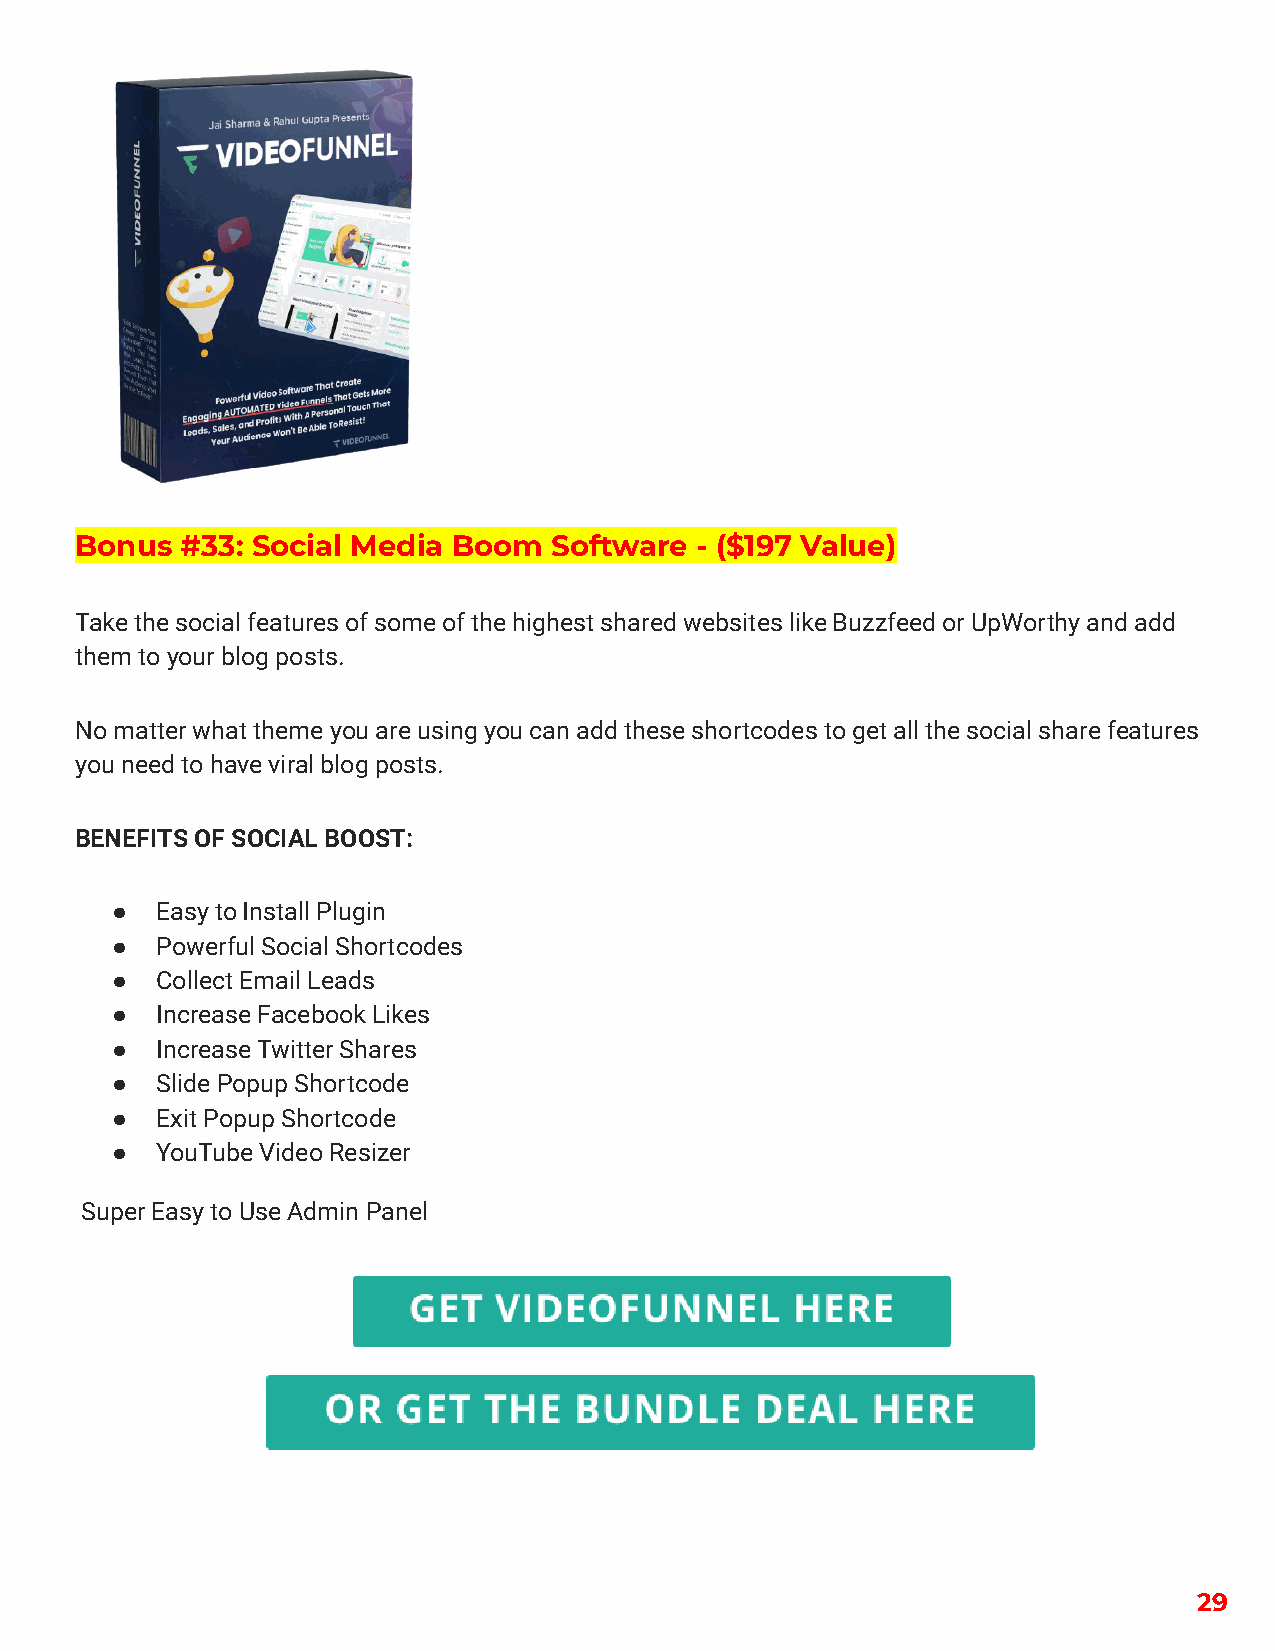
Bonus  #33: Social Media Boom  Software  - ($197 Value)
 Take the social features of some of the highest shared websites like Buzzfeed or UpWorthy and add
 them to your blog posts.
 No matter what theme you are using you can add these shortcodes to get all the social share features
 you need to have viral blog posts.
 BENEFITS OF SOCIAL BOOST:
 ●  Easy to Install Plugin
 ●  Powerful Social Shortcodes
 ●  Collect Email Leads
 ●  Increase Facebook Likes
 ●  Increase Twitter Shares
 ●  Slide Popup Shortcode
 ●  Exit Popup Shortcode
 ●  YouTube Video Resizer
 Super Easy to Use Admin Panel
 29